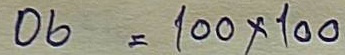
06 = 100 x 100